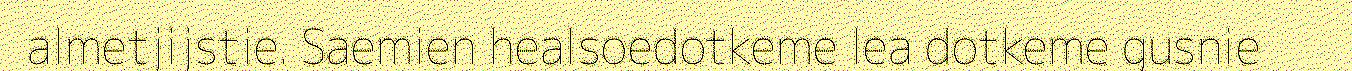
almetjijstie. Saemien healsoedotkeme lea dotkeme gusnie